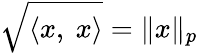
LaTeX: {\sqrt{\langle x,\ x\rangle}}=\| x\| _{p}